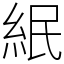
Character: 䋋